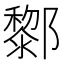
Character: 𨟀